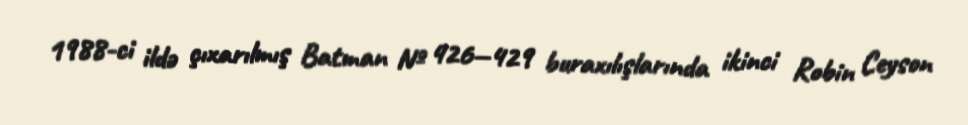
1988-ci ildə çıxarılmış Batman № 426—429 buraxılışlarında ikinci Robin Ceyson